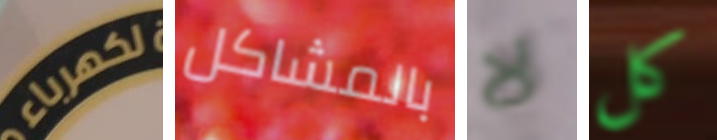
لكهرباء بالمشاكل لا كل